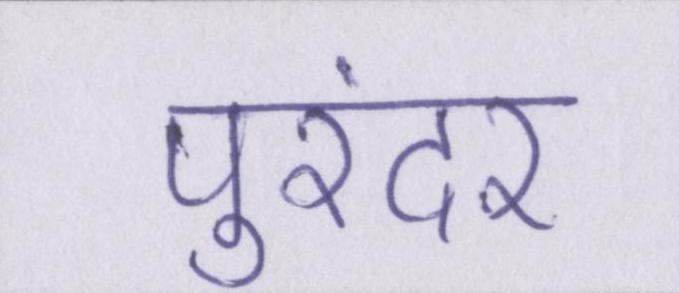
पुरंदर